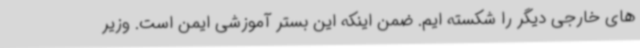
های خارجی دیگر را شکسته ایم. ضمن اینکه این بستر آموزشی ایمن است. وزیر